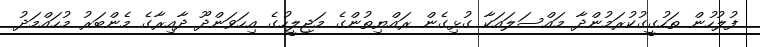
ފުލުހުން ތަހުގީގުކުރަމުންދާ މައްސަލައަކާ ގުޅިގެން ރައްޔިތުންގެ މަޖިލީހުގެ އިހަވަންދޫ ދާއިރާގެ މެންބަރު މުހައްމަދު